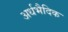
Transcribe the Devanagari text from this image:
अर्धभैदिक